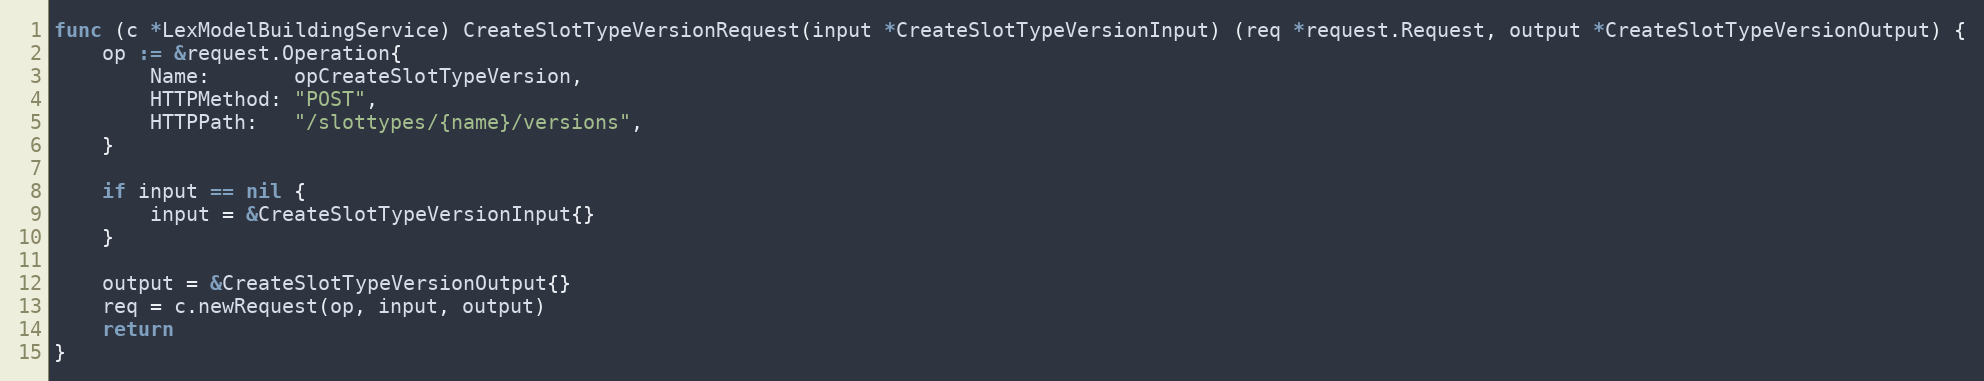
Language: Go
func (c *LexModelBuildingService) CreateSlotTypeVersionRequest(input *CreateSlotTypeVersionInput) (req *request.Request, output *CreateSlotTypeVersionOutput) {
	op := &request.Operation{
		Name:       opCreateSlotTypeVersion,
		HTTPMethod: "POST",
		HTTPPath:   "/slottypes/{name}/versions",
	}

	if input == nil {
		input = &CreateSlotTypeVersionInput{}
	}

	output = &CreateSlotTypeVersionOutput{}
	req = c.newRequest(op, input, output)
	return
}